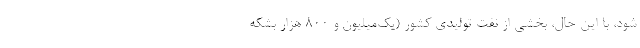
شود، با این حال، بخشی از نفت تولیدی کشور (یک‌میلیون و 800 هزار بشکه